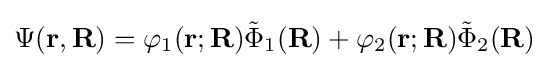
\Psi (\mathbf {r} ,\mathbf {R} )=\varphi _{1}(\mathbf {r} ;\mathbf {R} ){\tilde {\Phi }}_{1}(\mathbf {R} )+\varphi _{2}(\mathbf {r} ;\mathbf {R} ){\tilde {\Phi }}_{2}(\mathbf {R} )